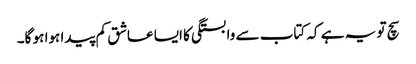
سچ تو یہ ہے کہ کتاب سے وابستگی کا ایسا عاشق کم پیدا ہوا ہو گا۔